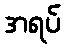
အရပ်